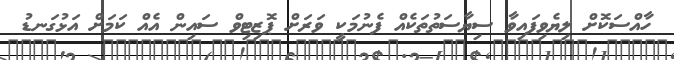
ހާއްސަކޮށް ލިޔެވިފައިވާ ސިޔާސަތުތަކެއް ފެނުމަކީ ވަރަށް ޕޮޒިޓިވް ސައިން އެއް ކަމަށް އަޅުގަނޑު